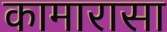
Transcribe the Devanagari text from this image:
कामारासा